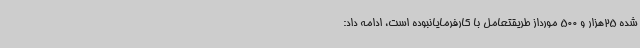
شده 25هزار و 500 مورداز طریقتعامل با کارفرمایانبوده است، ادامه داد: